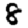
Digit: 8